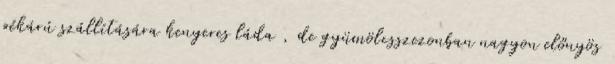
pékárú szállítására kenyeres láda , de gyümölcsszezonban nagyon előnyös